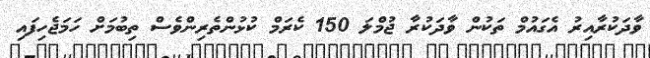
ވާދަކުރާއިރު އެގައުމް ތަކުން ވާދަކުރާ ޖުމްލަ 150 ކެރަމް ކުޅުންތެރިންވެސް ތިބުމަށް ހަމަޖެހިފައި